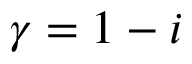
\gamma = 1 - i